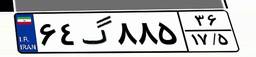
۶۴گ۸۸۵۳۶